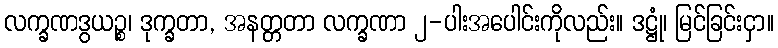
လက္ခဏဒွယဉ္စ၊ ဒုက္ခတာ, အနတ္တတာ လက္ခဏာ ၂-ပါးအပေါင်းကိုလည်း။ ဒဋ္ဌုံ၊ မြင်ခြင်းငှာ။